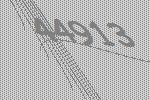
44913